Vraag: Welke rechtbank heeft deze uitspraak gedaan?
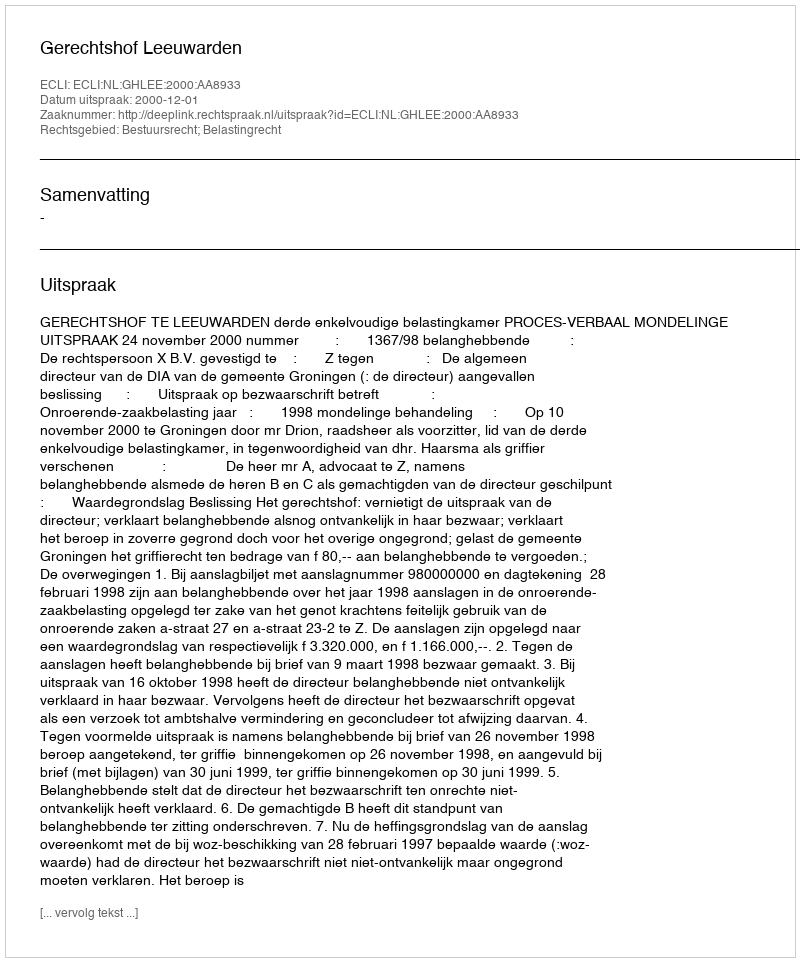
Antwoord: Gerechtshof Leeuwarden